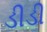
ડીડી